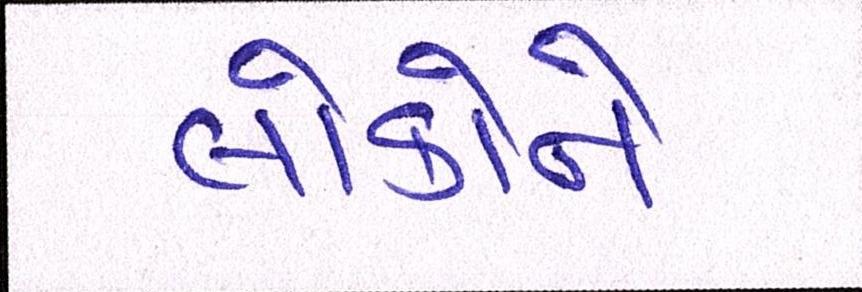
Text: લોકોને